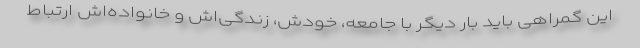
این گمراهی باید بار دیگر با جامعه، خودش، زندگی‌اش و خانواده‌اش ارتباط